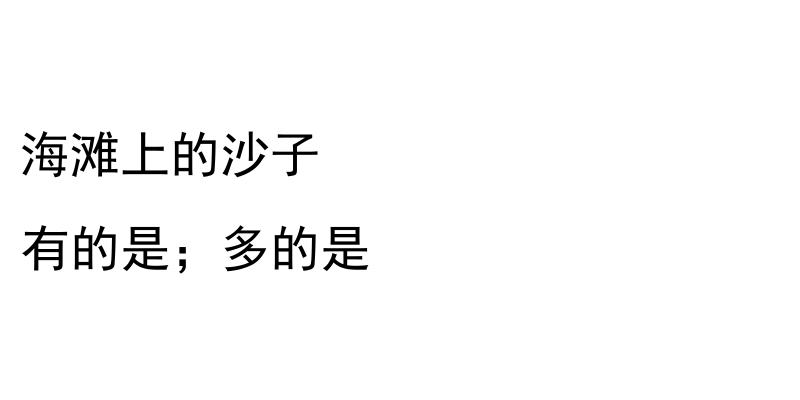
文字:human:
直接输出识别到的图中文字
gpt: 海滩上的沙子 有的是；多的是